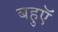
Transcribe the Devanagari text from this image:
बहुएॅ